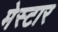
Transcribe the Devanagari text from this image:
मेस्टार